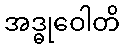
အဒ္ဓုဝေါတိ